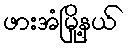
ဖားအံမြို့နယ်